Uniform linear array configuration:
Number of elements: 32
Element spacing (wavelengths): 0.25
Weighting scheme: uniform
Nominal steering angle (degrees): -45
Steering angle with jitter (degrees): -43.607
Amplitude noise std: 0.05
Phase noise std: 0.05

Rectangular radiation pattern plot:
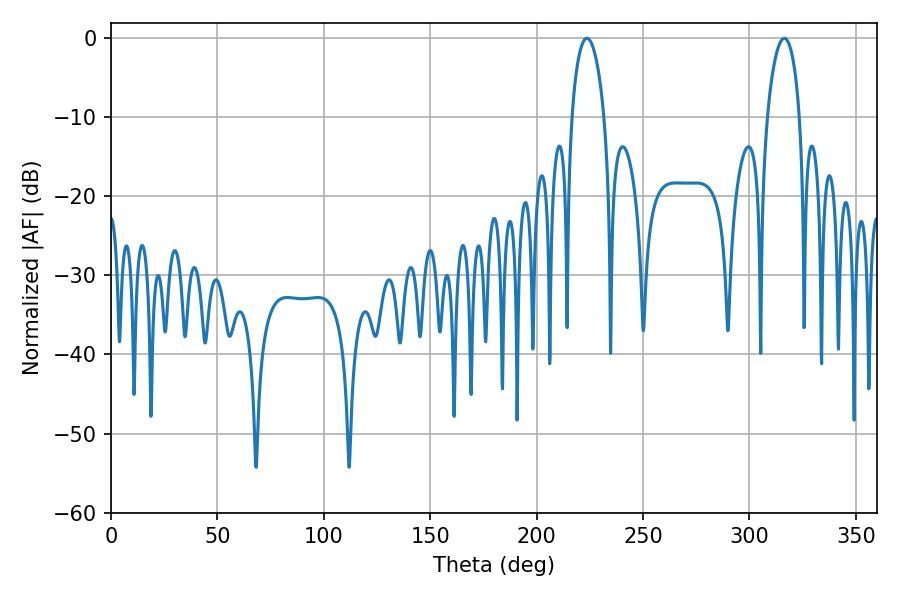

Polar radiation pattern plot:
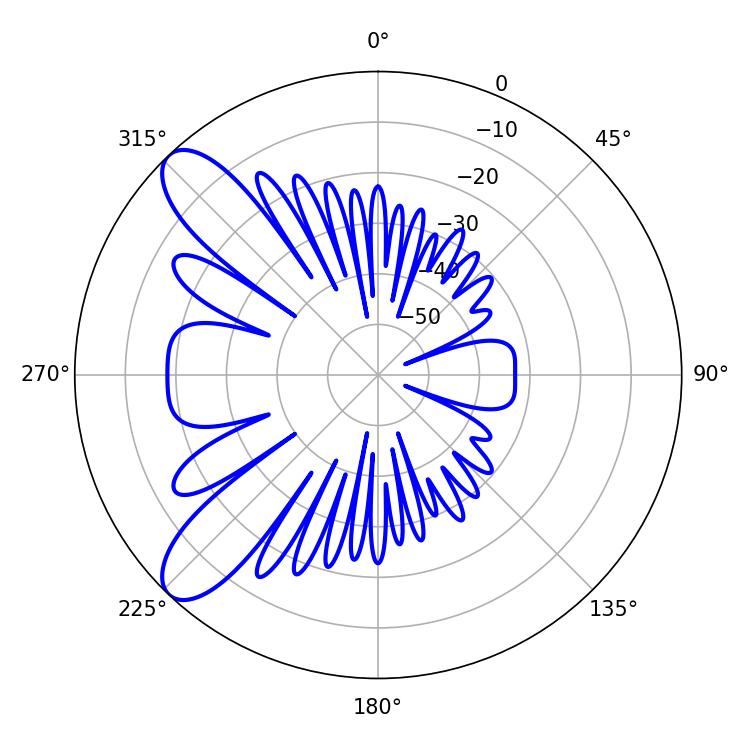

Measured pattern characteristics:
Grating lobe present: FALSE
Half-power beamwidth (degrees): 8.64
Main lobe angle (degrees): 223.56